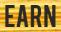
EARN